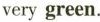
very green.